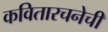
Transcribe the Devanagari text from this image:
कवितारचनेची